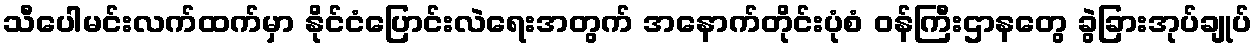
သီပေါမင်းလက်ထက်မှာ နိုင်ငံပြောင်းလဲရေးအတွက် အနောက်တိုင်းပုံစံ ဝန်ကြီးဌာနတွေ ခွဲခြားအုပ်ချုပ်